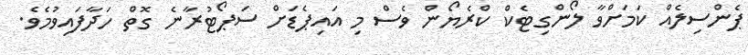
ޕެންސިލެއް ކަމަށްވާ ލޯންގިޓެކް ކްރެޔޯން ވެސް މި އައިޕެޑަށް ސަޕޯޓުރާނެ ގޮތް ހަދާފައިވުމެވެ.